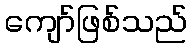
ကျော်ဖြစ်သည်